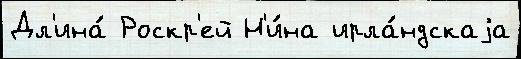
Дл'ина́ Роскр'ей Н'и́на ирла́ндскаjа